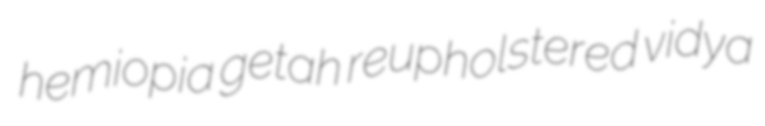
hemiopia getah reupholstered vidya